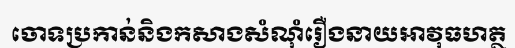
ចោទប្រកាន់និងកសាងសំណុំរឿងនាយអាវុធហត្ថ